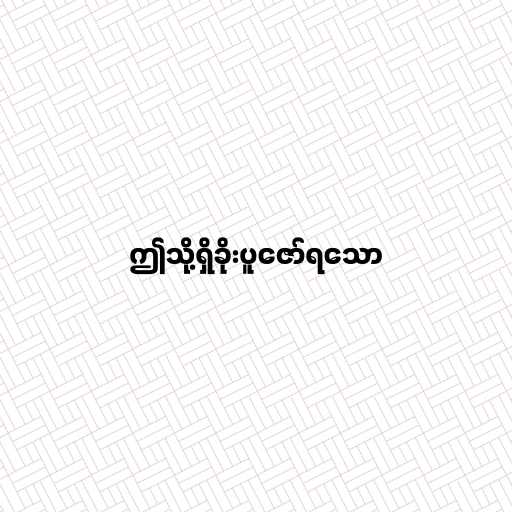
ဤသို့ရှိခိုးပူဇော်ရသော